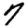
Digit: 7